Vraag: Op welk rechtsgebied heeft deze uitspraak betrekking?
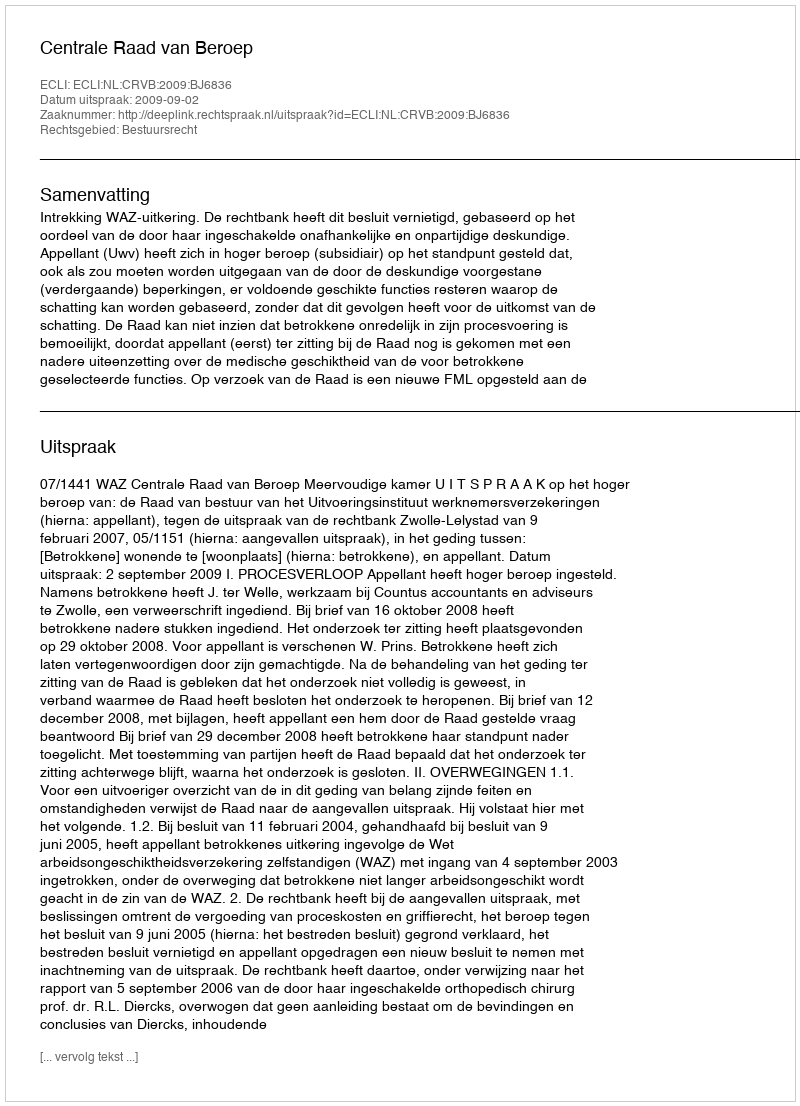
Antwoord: Bestuursrecht